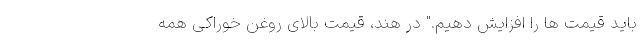
باید قیمت ها را افزایش دهیم." در هند، قیمت بالای روغن خوراکی همه